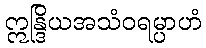
ဣန္ဒြိယအသံဝရမ္ပာဟံ